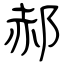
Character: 郝